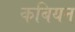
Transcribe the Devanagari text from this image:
कबियन